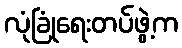
လုံခြုံရေးတပ်ဖွဲ့က